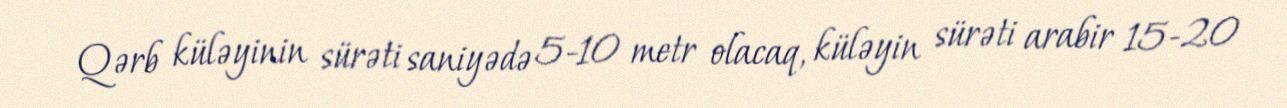
Qərb küləyinin sürəti saniyədə 5-10 metr olacaq, küləyin sürəti arabir 15-20